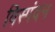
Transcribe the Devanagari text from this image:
विस्पंदन